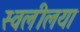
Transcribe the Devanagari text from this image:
स्वलीलया